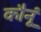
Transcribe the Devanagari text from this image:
कौनूं